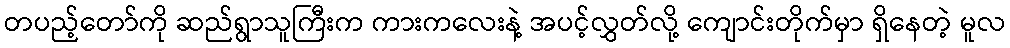
တပည့်တော်ကို ဆည်ရွာသူကြီးက ကားကလေးနဲ့ အပင့်လွှတ်လို့ ကျောင်းတိုက်မှာ ရှိနေတဲ့ မူလ